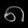
Digit: ၈